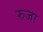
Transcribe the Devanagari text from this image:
रुजा